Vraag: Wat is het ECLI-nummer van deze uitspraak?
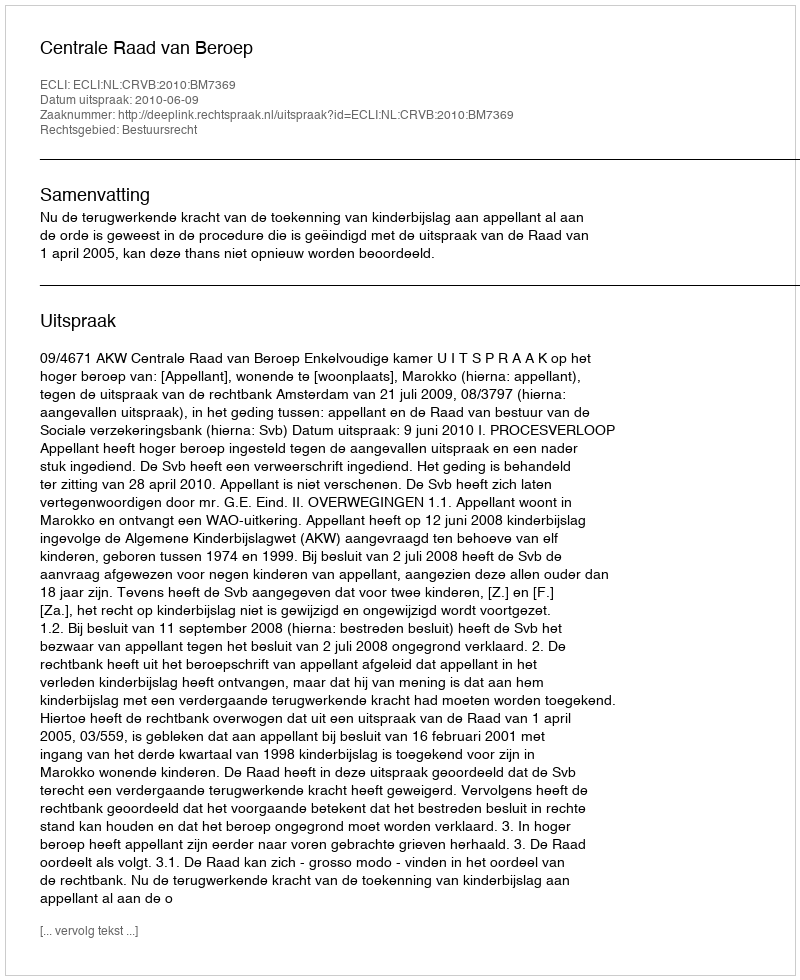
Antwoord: ECLI:NL:CRVB:2010:BM7369